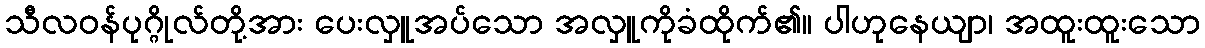
သီလဝန်ပုဂ္ဂိုလ်တို့အား ပေးလှူအပ်သော အလှူကိုခံထိုက်၏။ ပါဟုနေယျာ၊ အထူးထူးသော